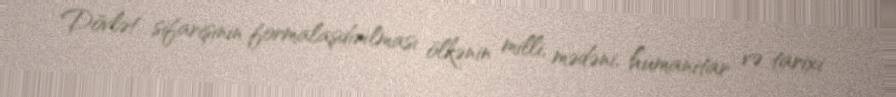
Dövlət sifarişinin formalaşdırılması ölkənin milli, mədəni, humanitar və tarixi